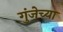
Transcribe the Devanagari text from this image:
गुंजेच्या